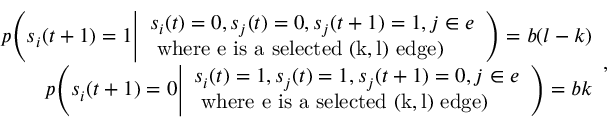
\begin{array} { r } { p \Bigg ( s _ { i } ( t + 1 ) = 1 \Bigg | \begin{array} { l } { s _ { i } ( t ) = 0 , s _ { j } ( t ) = 0 , s _ { j } ( t + 1 ) = 1 , j \in e } \\ { \mathrm { ~ w h e r e ~ e ~ i s ~ a ~ s e l e c t e d ~ ( k , l ) ~ e d g e } ) } \end{array} \Bigg ) = b ( l - k ) } \\ { p \Bigg ( s _ { i } ( t + 1 ) = 0 \Bigg | \begin{array} { l } { s _ { i } ( t ) = 1 , s _ { j } ( t ) = 1 , s _ { j } ( t + 1 ) = 0 , j \in e } \\ { \mathrm { ~ w h e r e ~ e ~ i s ~ a ~ s e l e c t e d ~ ( k , l ) ~ e d g e } ) } \end{array} \Bigg ) = b k } \end{array} ,